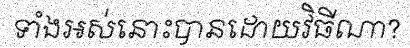
ទាំងអស់នោះបានដោយវិធីណា?